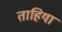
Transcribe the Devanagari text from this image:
ताहिया